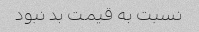
نسبت به قیمت بد نبود